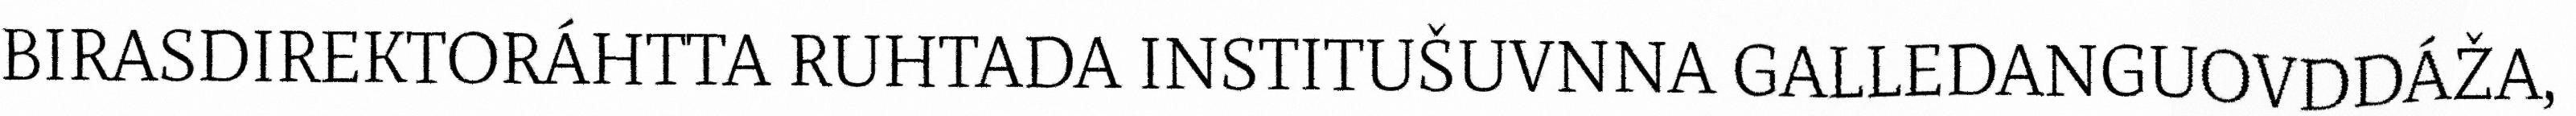
BIRASDIREKTORÁHTTA RUHTADA INSTITUŠUVNNA GALLEDANGUOVDDÁŽA,